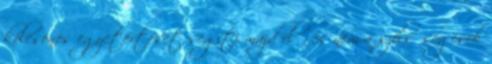
kölcsönös egyetértését segíti majd elő, és nem a szélsőségesek